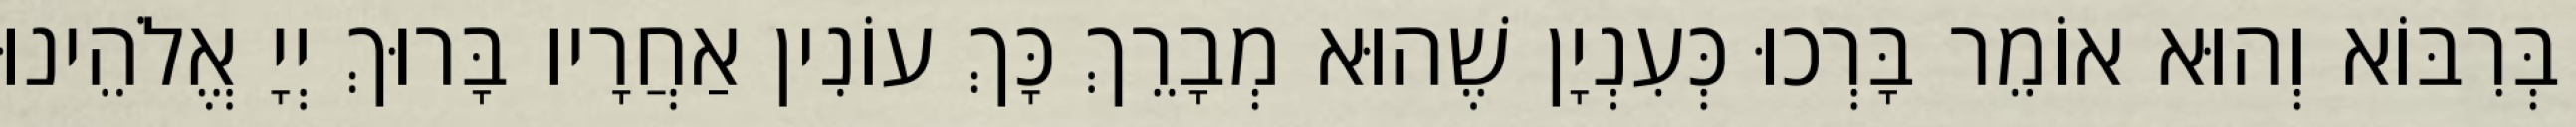
בְּרִבּוֹא וְהוּא אוֹמֵר בָּרְכוּ כְּעִנְיָן שֶׁהוּא מְבָרֵךְ כָּךְ עוֹנִין אַחֲרָיו בָּרוּךְ יְיָ אֱלֹהֵינוּ